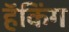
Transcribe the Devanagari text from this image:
हॅकिंग